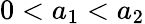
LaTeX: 0<a_{1}<a_{2}